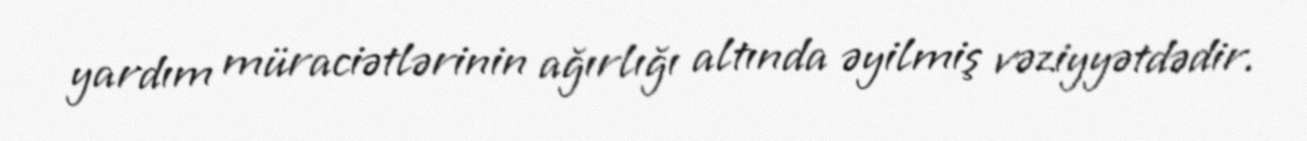
yardım müraciətlərinin ağırlığı altında əyilmiş vəziyyətdədir.